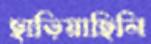
ছাড়িয়াছিলি